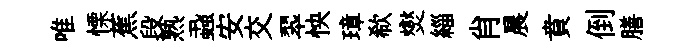
唯慄蕉段熟蝨安交翆怏璋欷爕緇肖晨賁倒膳